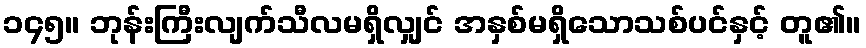
၁၄၅။ ဘုန်းကြီးလျက်သီလမရှိလျှင် အနှစ်မရှိသောသစ်ပင်နှင့် တူ၏။